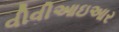
વીવીઆઇઆર